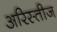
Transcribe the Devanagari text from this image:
अरिस्तीज